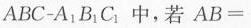
$$A B C - A _ { 1 } B _ { 1 } C _ { 1 } $$ 中，若 $$A B =